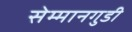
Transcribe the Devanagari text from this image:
सेम्मानगुडी